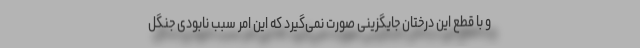
و با قطع این درختان جایگزینی صورت نمی‌گیرد که این امر سبب نابودی جنگل